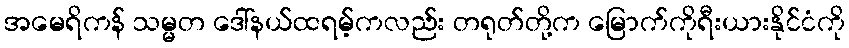
အမေရိကန် သမ္မတ ဒေါ်နယ်ထရမ့်ကလည်း တရုတ်တို့က မြောက်ကိုရီးယားနိုင်ငံကို